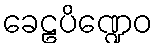
ခေဠပိဏ္ဍေဝ